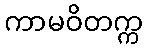
ကာမဝိတက္က